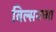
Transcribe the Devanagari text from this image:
विल्सनच्या